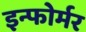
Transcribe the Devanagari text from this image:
इन्फोर्मर